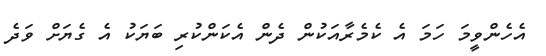
އެހެންވީމަ ހަމަ އެ ކެމެރާއަކުން ދެން އެކަންކުރި ބަޔަކު އެ ގެޔަށް ވަދެ